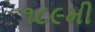
૧૮૯મી